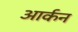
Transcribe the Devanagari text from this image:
आर्कन